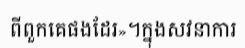
ពីពួកគេផងដែរ»។ក្នុងសវនាការ